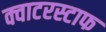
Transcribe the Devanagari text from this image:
क्वाटरस्टाफ